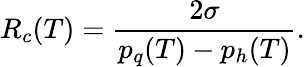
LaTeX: R_{c}(T)={\frac{2\sigma}{p_{q}(T)-p_{h}(T)}}.